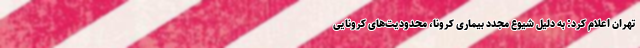
تهران اعلام کرد: به دلیل شیوع مجدد بیماری کرونا، محدودیت‌های کرونایی